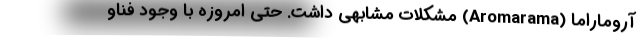
آروماراما (Aromarama) مشکلات مشابهی داشت. حتی امروزه با وجود فناو